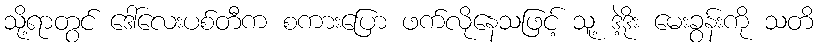
သို့ရာတွင် ဒေါ်လေးပစ်တီက စကားပြော ဖက်လိုနေသဖြင့် သူ့ ဒဲ့ဒိုး မေးခွန်းကို သတိ